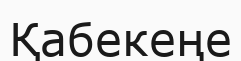
Қабекеңе